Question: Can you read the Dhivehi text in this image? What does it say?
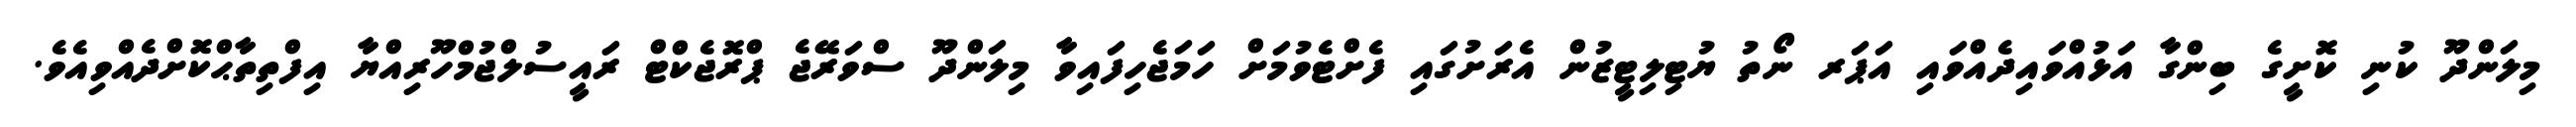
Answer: މިލަންދޫ ކުނި ކޮށީގެ ބިންގާ އަޅުއްވައިދެއްވައި އަޕަރ ނޯތު ޔުޓިލިޓީޒުން އެރަށުގައި ފެށްޓެވުމަށް ހަމަޖެހިފައިވާ މިލަންދޫ ސްވަރޭޖެ ޕްރޮޖެކްޓް ރައީސުލްޖުމްހޫރިއްޔާ އިފްތިތާޙްކޮށްދެއްވިއެވެ.